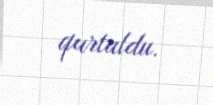
qurtuldu.